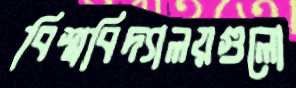
বিশ্ববিদ্যালয়গুলো